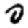
Digit: 0